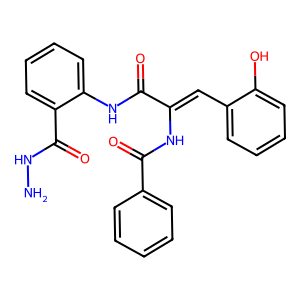
SMILES: NNC(=O)c1ccccc1NC(=O)C(=Cc1ccccc1O)NC(=O)c1ccccc1
Inhibits HIV replication: No